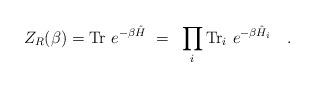
LaTeX: \begin{align*}Z_{R}(\beta)=\mbox{Tr}~e^{-\beta \hat{H}}~=~\prod_{i}\mbox{Tr}_i~e^{-\beta \hat{H}_i}~~~.\end{align*}